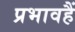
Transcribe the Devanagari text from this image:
प्रभावहैं